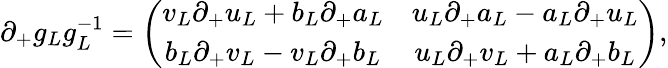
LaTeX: \partial_{+}g_{L}g_{L}^{-1}=\left(\begin{array}{cc}{{v_{L}\partial_{+}u_{L}+b_{L}\partial_{+}a_{L}}}&{{u_{L}\partial_{+}a_{L}-a_{L}\partial_{+}u_{L}}}\\ {{b_{L}\partial_{+}v_{L}-v_{L}\partial_{+}b_{L}}}&{{u_{L}\partial_{+}v_{L}+a_{L}\partial_{+}b_{L}}}\end{array}\right),